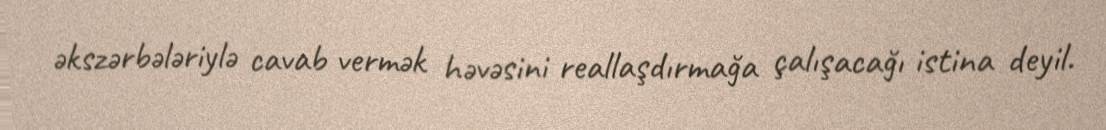
əkszərbələriylə cavab vermək həvəsini reallaşdırmağa çalışacağı istina deyil.